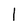
Character: 1